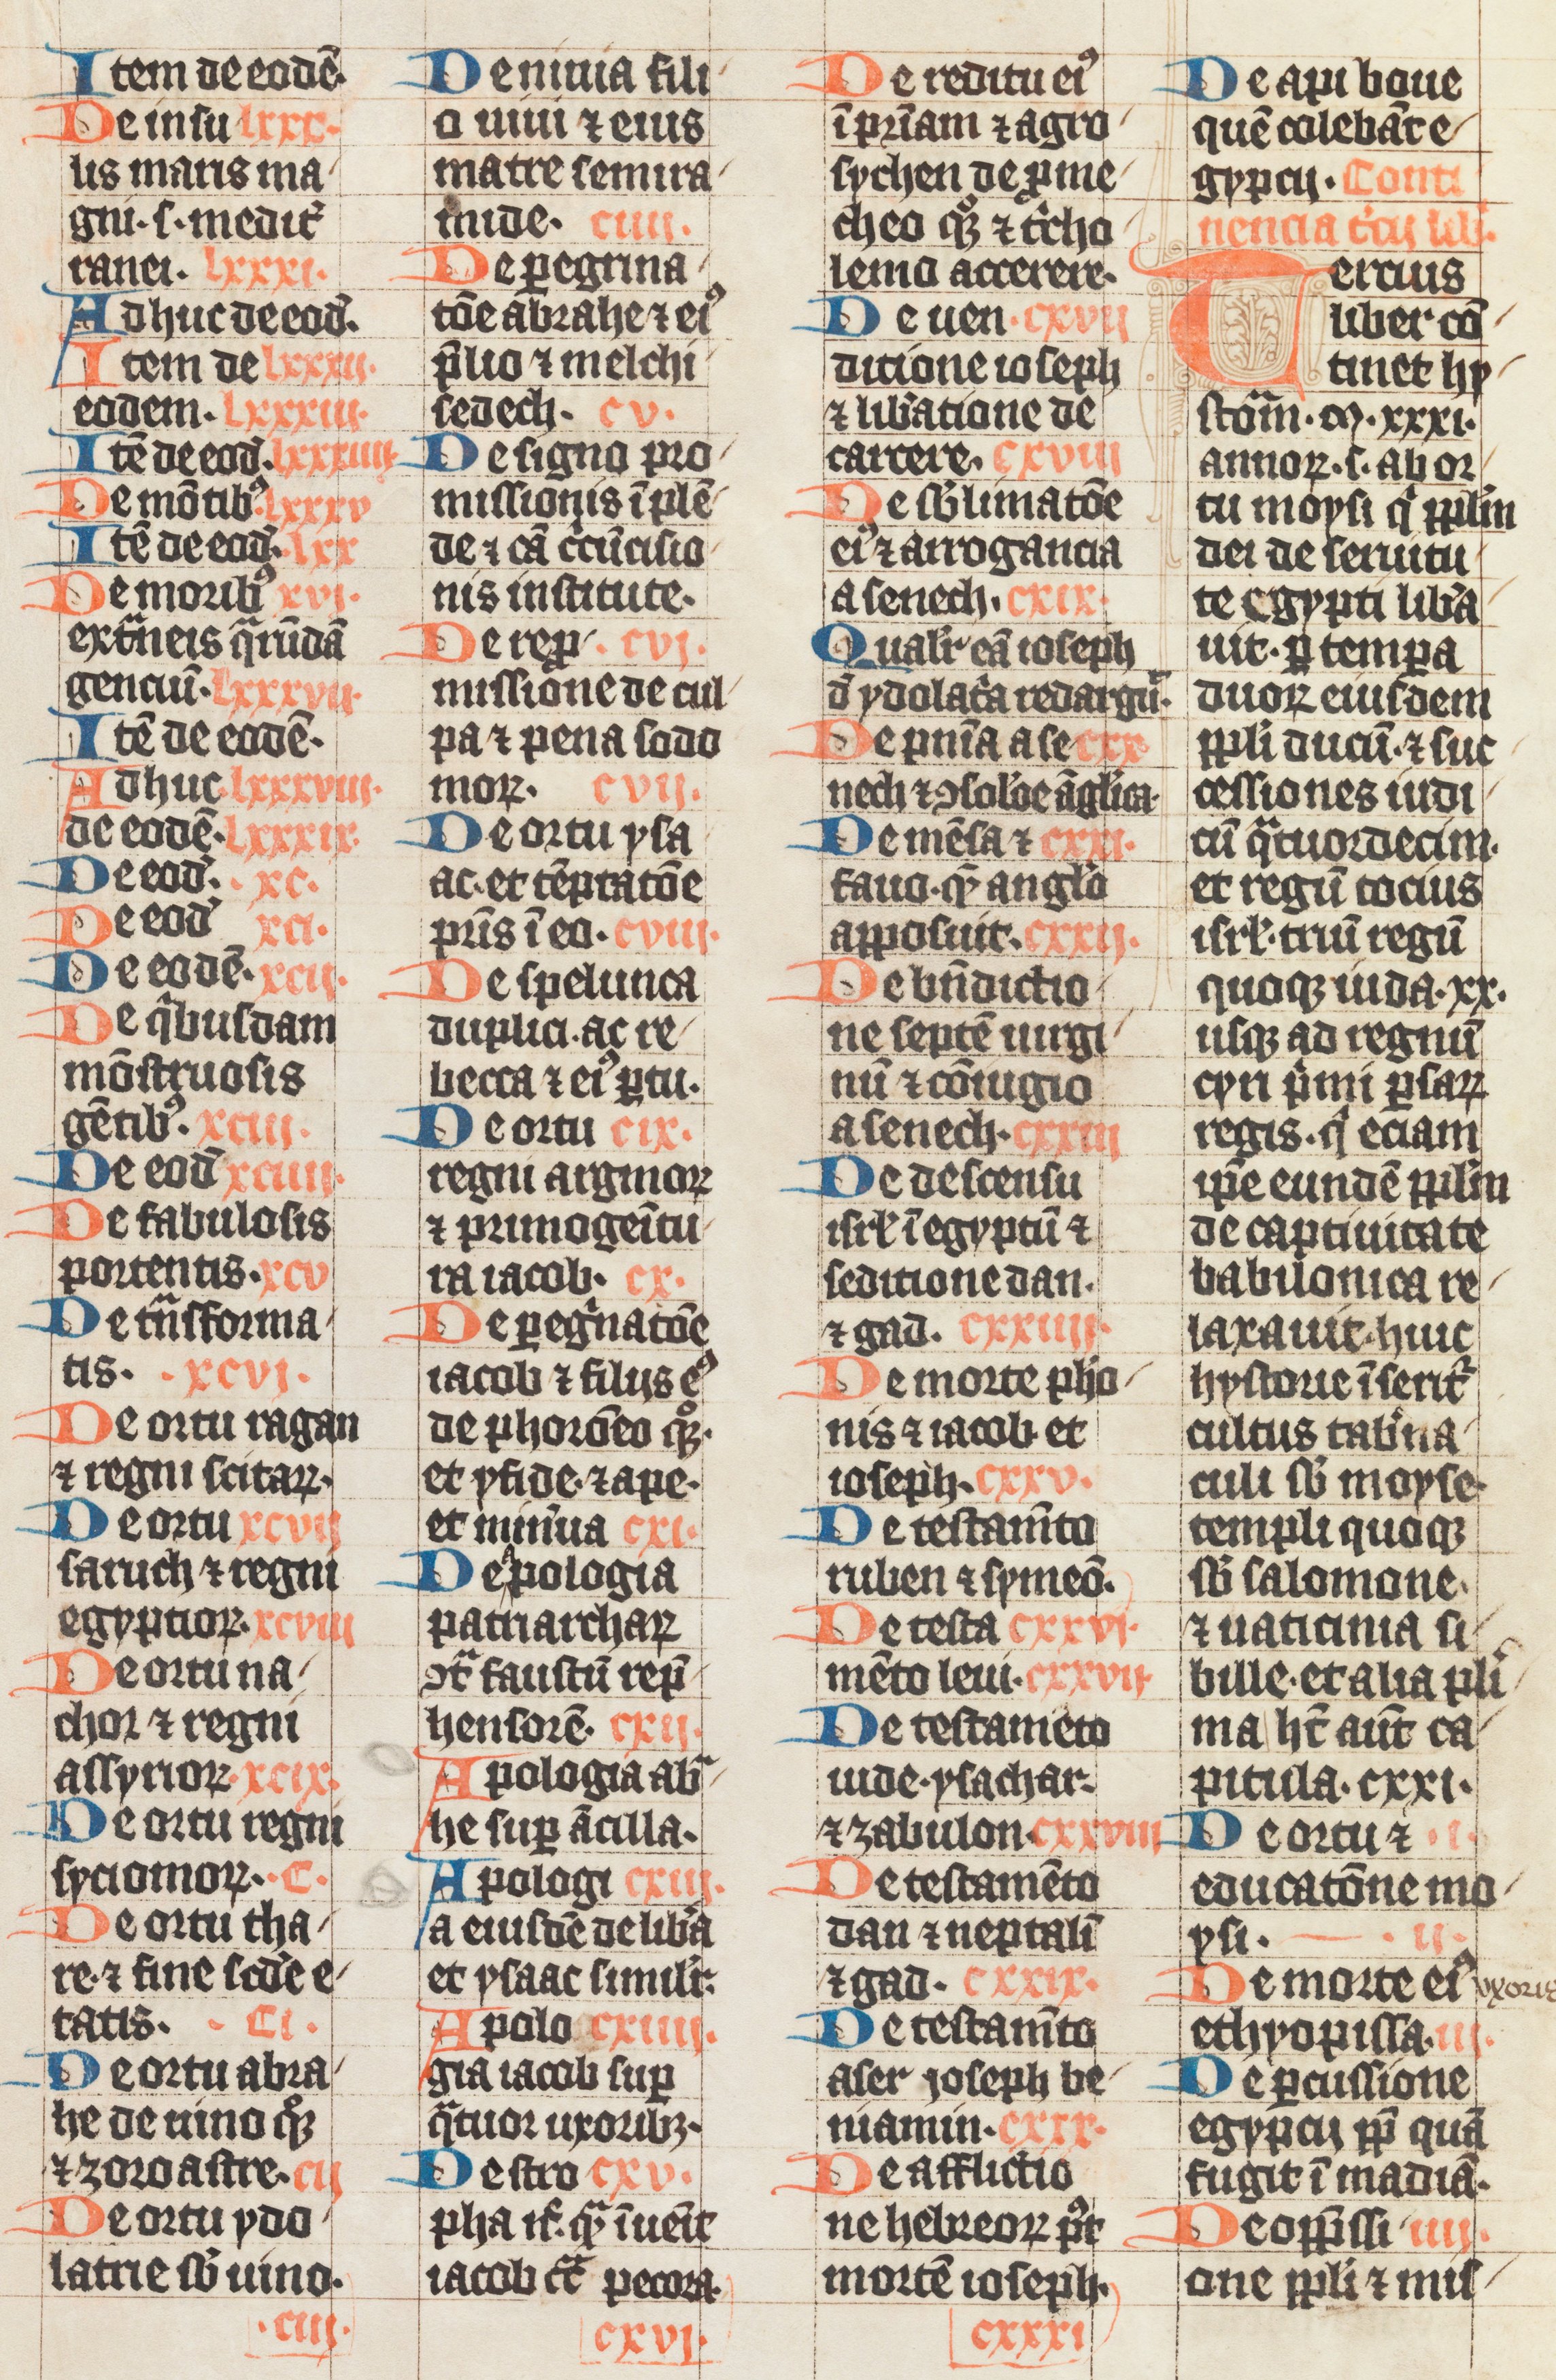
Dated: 1338–1338